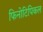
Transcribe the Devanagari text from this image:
फिनोटिपिकल